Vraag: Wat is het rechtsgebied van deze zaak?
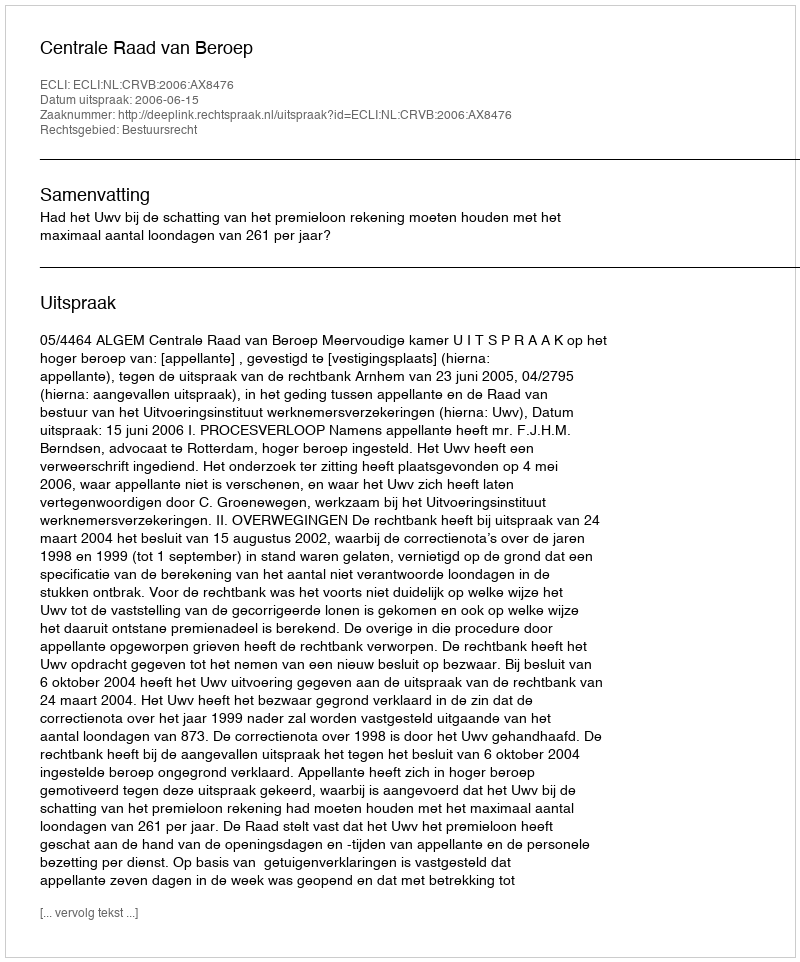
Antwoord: Bestuursrecht